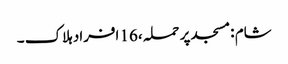
شام :مسجد پر حملہ ،16 افراد ہلاک ۔